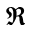
\Re